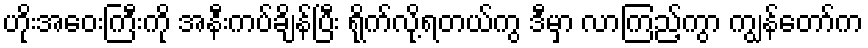
ဟိုးအဝေးကြီးကို အနီးကပ်ချိန်ပြီး ရိုက်လို့ရတယ်ကွ ဒီမှာ လာကြည့်ကွာ ကျွန်တော်က